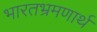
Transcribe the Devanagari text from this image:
भारतभ्रमणार्थ